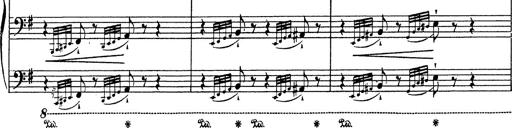
Title: Grosses Konzertsolo
Composer: Franz Liszt